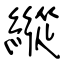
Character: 縱